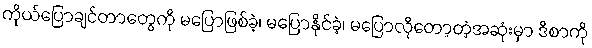
ကိုယ်ပြောချင်တာတွေကို မပြောဖြစ်ခဲ့၊ မပြောနိုင်ခဲ့၊ မပြောလိုတော့တဲ့အဆုံးမှာ ဒီစာကို